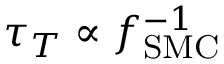
\tau _ { T } \propto f _ { \mathrm { S M C } } ^ { - 1 }